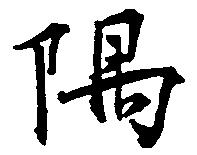
隈